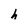
Character: h